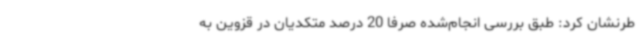
طرنشان کرد: طبق بررسی انجام‌شده صرفاً 20 درصد متکدیان در قزوین به